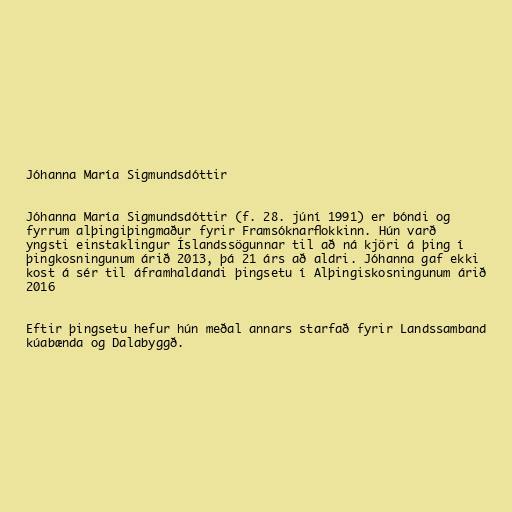
Jóhanna María Sigmundsdóttir

Jóhanna María Sigmundsdóttir (f. 28. júní 1991) er bóndi og
fyrrum alþingiþingmaður fyrir Framsóknarflokkinn. Hún varð
yngsti einstaklingur Íslandssögunnar til að ná kjöri á þing í
þingkosningunum árið 2013, þá 21 árs að aldri. Jóhanna gaf ekki
kost á sér til áframhaldandi þingsetu í Alþingiskosningunum árið
2016

Eftir þingsetu hefur hún meðal annars starfað fyrir Landssamband
kúabænda og Dalabyggð.